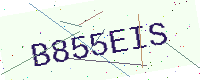
Text: B855EIS